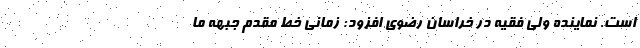
است. نماینده ولی فقیه در خراسان رضوی افزود: زمانی خط مقدم جبهه ما